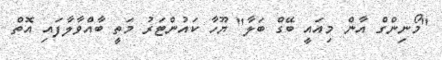
"މޯނިންގް އާން މިއައީ ބޭގް ބަލާ" ޔޫހާ ކައުންޓަރު މަތީ ބާއްވާލާފައި އޮތް